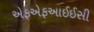
એફએફઆઈઈસી